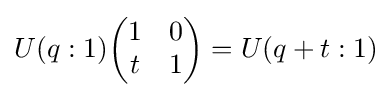
U(q:1){\begin{pmatrix}1&0\\t&1\end{pmatrix}}=U(q+t:1)